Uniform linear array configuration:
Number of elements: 8
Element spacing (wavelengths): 0.25
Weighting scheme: hann
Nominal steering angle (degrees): -60
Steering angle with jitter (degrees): -58.107
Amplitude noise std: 0.05
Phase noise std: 0.05

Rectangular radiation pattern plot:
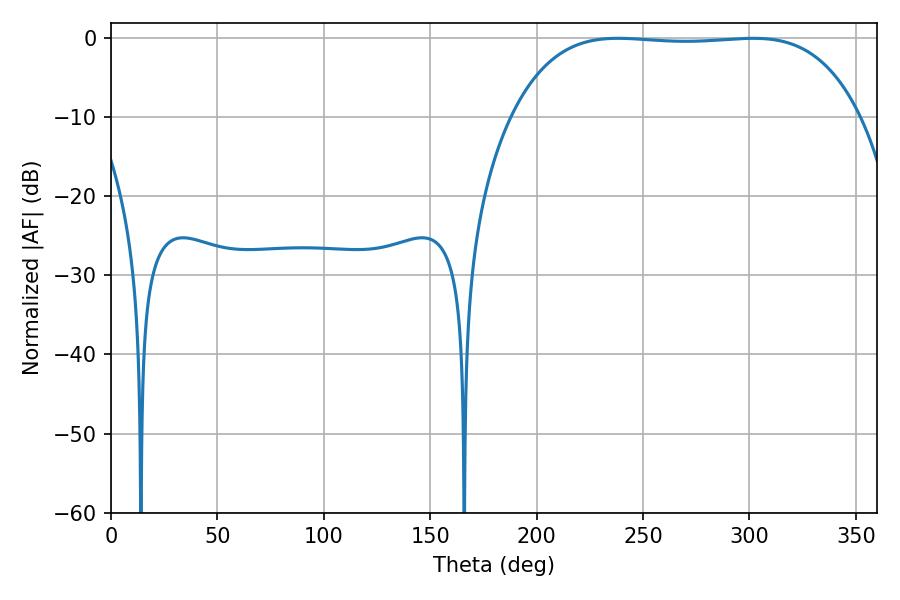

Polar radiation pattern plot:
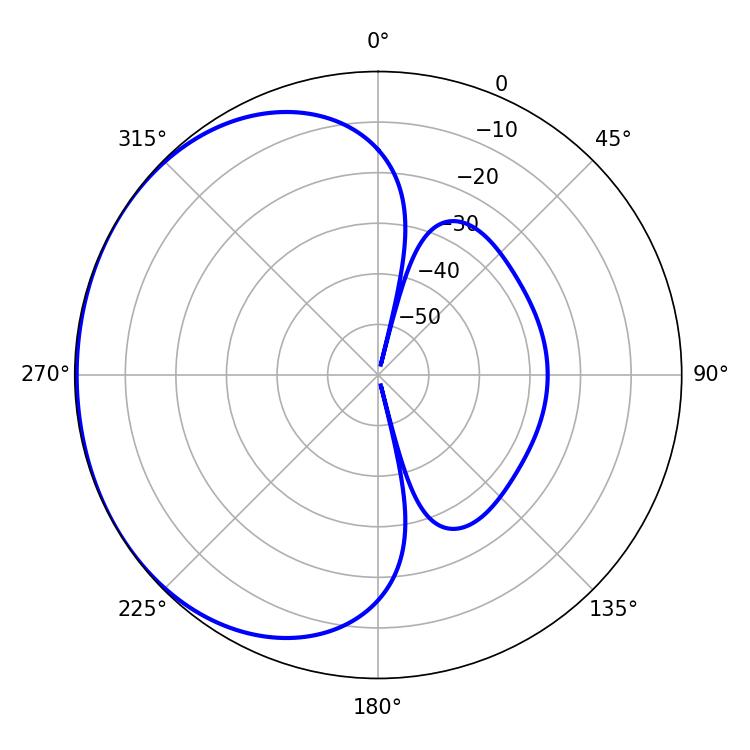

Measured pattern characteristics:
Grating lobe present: FALSE
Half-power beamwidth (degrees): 127.8
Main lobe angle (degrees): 238.32